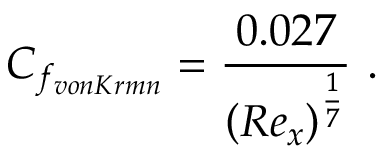
C _ { f _ { v o n K á r m á n } } = \frac { 0 . 0 2 7 } { \left( R e _ { x } \right) ^ { \frac { 1 } { 7 } } } \mathrm { ~ . ~ }